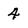
Character: 4